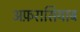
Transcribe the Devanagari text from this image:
अफ़रासियाब